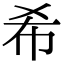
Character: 希